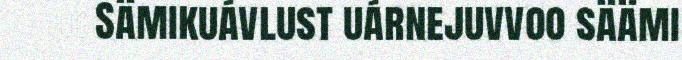
Sämikuávlust uárnejuvvoo säämi